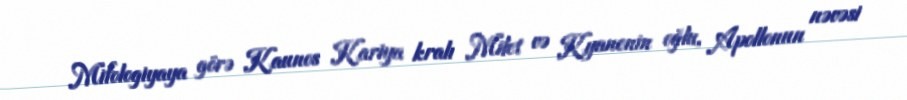
Mifologiyaya görə Kaunos Kariya kralı Milet və Kyanenin oğlu, Apollonun nəvəsi